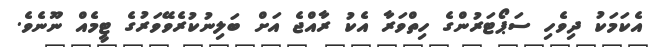
އެކަމަކު ދިވެހި ސަޕޯޓަރުންގެ ހިތްވަރާ އެކު ރާއްޖެ އަށް ބަލިނުކުރެވޭވަރުގެ ޓީމެއް ނޫނެވެ.